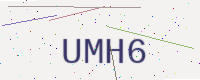
Text: UMH6